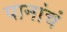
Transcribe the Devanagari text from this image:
पानांचं